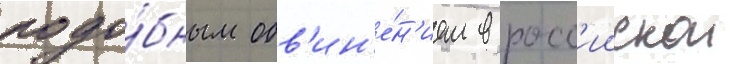
подо́бным обв'ин'е́н'ием в росс'иискои